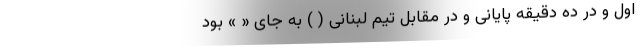
اول و در ده دقیقه پایانی و در مقابل تیم لبنانی ( ) به جای « » بود